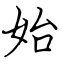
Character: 始